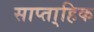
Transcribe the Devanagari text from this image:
साप्ता्हिक